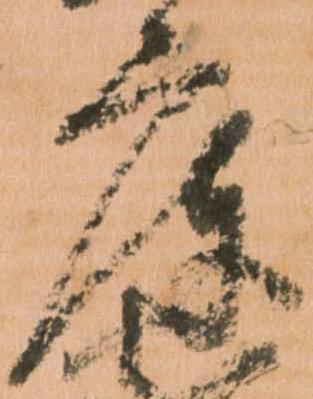
庫